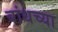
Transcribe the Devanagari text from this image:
बांधच्या